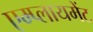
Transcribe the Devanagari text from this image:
एम्प्लायमेंट